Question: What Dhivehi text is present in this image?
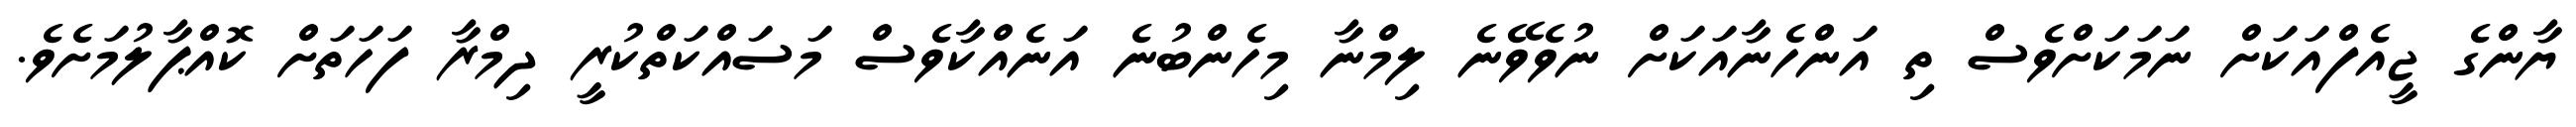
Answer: ޔާންގެ ޖީއެފްއަކަށް ނަމަކަށްވެސް ތި އަންހެނާއަކަށް ނުވެވޭނެ ލިމްނާ މިހެންބުނެ އަނެއްކާވެސް މަސައްކަތްކުރީ ދިމްރާ ފަހަތަށް ކޮއްޕާލުމަށެވެ.